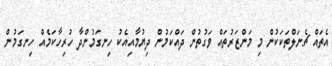
އެތައް ޗެނަލްތަކަކުން މި މަންޒަރުތައް ވަގުތުން ދައްކަމުން ދިޔުމާއިއެކު ހިނގަމުންދާ ހުރިހާކަމެއް ހިނގަމުން